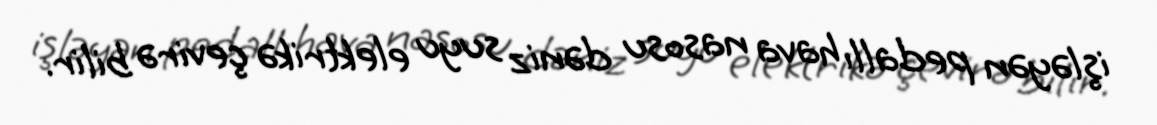
işləyən pedallı hava nasosu dəniz suyu elektrikə çevirə bilir.